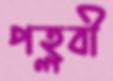
পহ্লবী